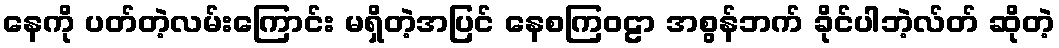
နေကို ပတ်တဲ့လမ်းကြောင်း မရှိတဲ့အပြင် နေစကြဝဠာ အစွန်ဘက် ခိုင်ပါဘဲ့လ်တ် ဆိုတဲ့